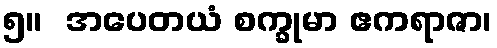
၅။  အပေတယံ စက္ခုမာ ဧကရာဇာ၊